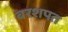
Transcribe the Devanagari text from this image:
बरशपत